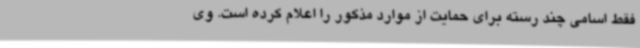
فقط اسامی چند رسته برای حمایت از موارد مذکور را اعلام کرده است. وی